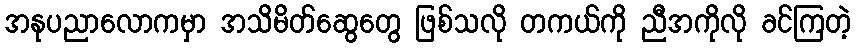
အနုပညာလောကမှာ အသိမိတ်ဆွေတွေ ဖြစ်သလို တကယ်ကို ညီအကိုလို ခင်ကြတဲ့